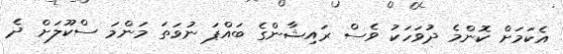
އެކަމަށް ކޮންމެ ދުވަހަކު ވެސް ރައިޝާންގެ ބައްޕަ ނުވަތަ މަންމަ ސްކޫލަށް ދެ